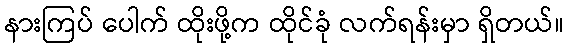
နားကြပ် ပေါက် ထိုးဖို့က ထိုင်ခုံ လက်ရန်းမှာ ရှိတယ်။